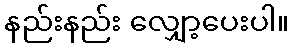
နည်းနည်း လျှော့ပေးပါ။